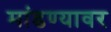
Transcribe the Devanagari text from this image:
मांडण्यावर